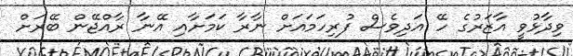
ވިދާޅުވީ އާޒަރުގެ ހޭ އަދިވެސް ފުރިހަމައަށް ނާރާ ކަމަށާއި އޭނާ ރާއްޖޭން ބޭރަށް